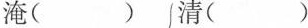
淹( )清( )